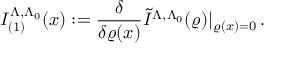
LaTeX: I _ { ( 1 ) } ^ { \Lambda , \Lambda _ { 0 } } ( x ) : = \frac { \delta } { \delta \varrho ( x ) } \tilde { I } ^ { \Lambda , \Lambda _ { 0 } } ( \varrho ) | _ { \varrho ( x ) = 0 } \, .